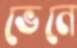
ভেনে